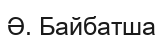
Ә. Байбатша